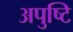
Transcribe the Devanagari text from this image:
अपुष्टि